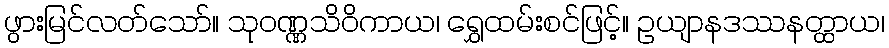
ဖွားမြင်လတ်သော်။ သုဝဏ္ဏသိဝိကာယ၊ ရွှေထမ်းစင်ဖြင့်။ ဥယျာနဒဿနတ္ထာယ၊